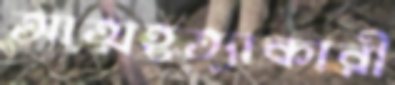
আত্মহত্যাকারী